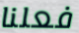
فعلنا